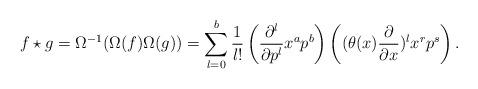
LaTeX: \begin{align*}f\star g = \Omega ^{-1}(\Omega (f)\Omega (g))= \sum _{l=0}^b \frac{1}{l!}\left( \frac{\partial ^l}{\partial p^l}x^ap^b\right)\left( (\theta (x)\frac{\partial}{\partial x})^lx^rp^s\right).\end{align*}